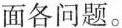
面各问题。